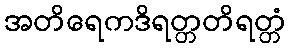
အတိရေကဒိရတ္တတိရတ္တံ